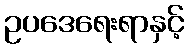
ဥပဒေရေးရာနှင့်